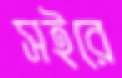
সইরে